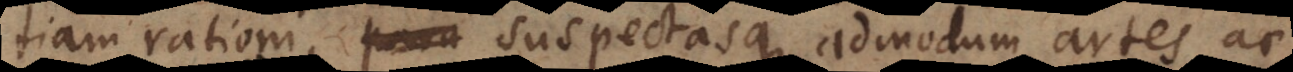
tiam rationi, suspectasque admodum artes ac